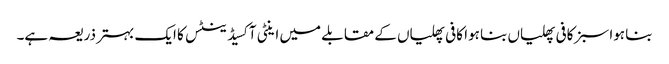
بنا ہوا سبز کافی پھلیاں بنا ہوا کافی پھلیاں کے مقابلے میں اینٹی آکسیڈینٹس کا ایک بہتر ذریعہ ہے۔